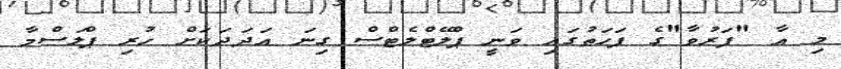
މި އާ "ފަރުވާ"ގެ ފަހަތުގައި ވަނީ ޕްލޭޓްލެޓްސް ގިނަ އަދަދަކަށް ހުރި ޕްލަސްމާ